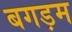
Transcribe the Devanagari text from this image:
बगड़म